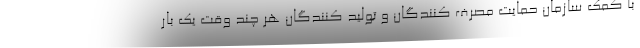
با کمک سازمان حمایت مصرف کنندگان و تولید کنندگان هر چند وقت یک بار